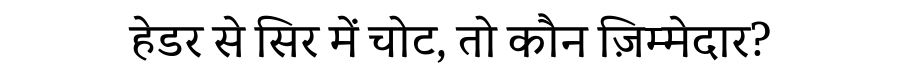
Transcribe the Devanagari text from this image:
हेडर से सिर में चोट, तो कौन ज़िम्मेदार?